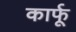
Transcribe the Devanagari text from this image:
कार्फू